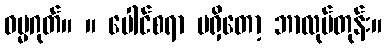
ဓမ္မဂုတ်။ ။ ပေါင်စရာ မရှိတော့ ဘာလုပ်တုန်း။